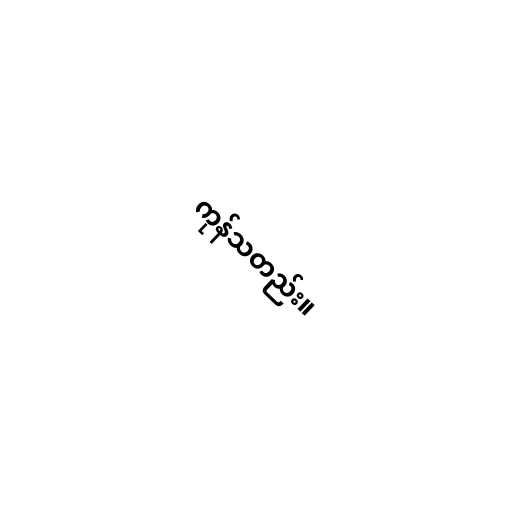
ကုန်သတည်း။